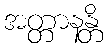
အတ္တာနန္တိ